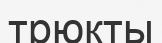
трюкты